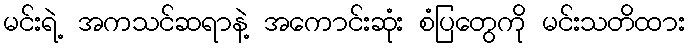
မင်းရဲ့ အကသင်ဆရာနဲ့ အကောင်းဆုံး စံပြတွေကို မင်းသတိထား